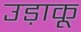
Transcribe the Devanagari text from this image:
उड़ाकू